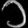
Digit: ၁